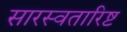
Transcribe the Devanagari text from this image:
सारस्वतारिष्ट